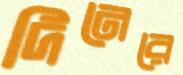
দিনেরে